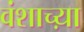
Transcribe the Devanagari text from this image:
वंशाच्य़ा